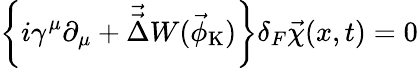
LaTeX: \left\{ i\gamma^{\mu}\partial_{\mu}+\vec{\vec{\Delta}}W(\vec{\phi}_{\mathrm{K}})\right\} \delta_{F}\vec{\chi}(x,t)=0